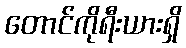
တောင်ကိုရီးယားရှိ